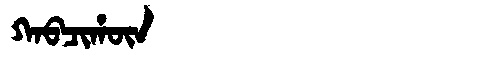
Manchu: ᡴᠠᠪᠴᡳᡥᡡᠨ
Romanization: KABCIHŪN